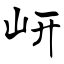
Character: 岍